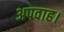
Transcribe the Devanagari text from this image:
अपवाह।